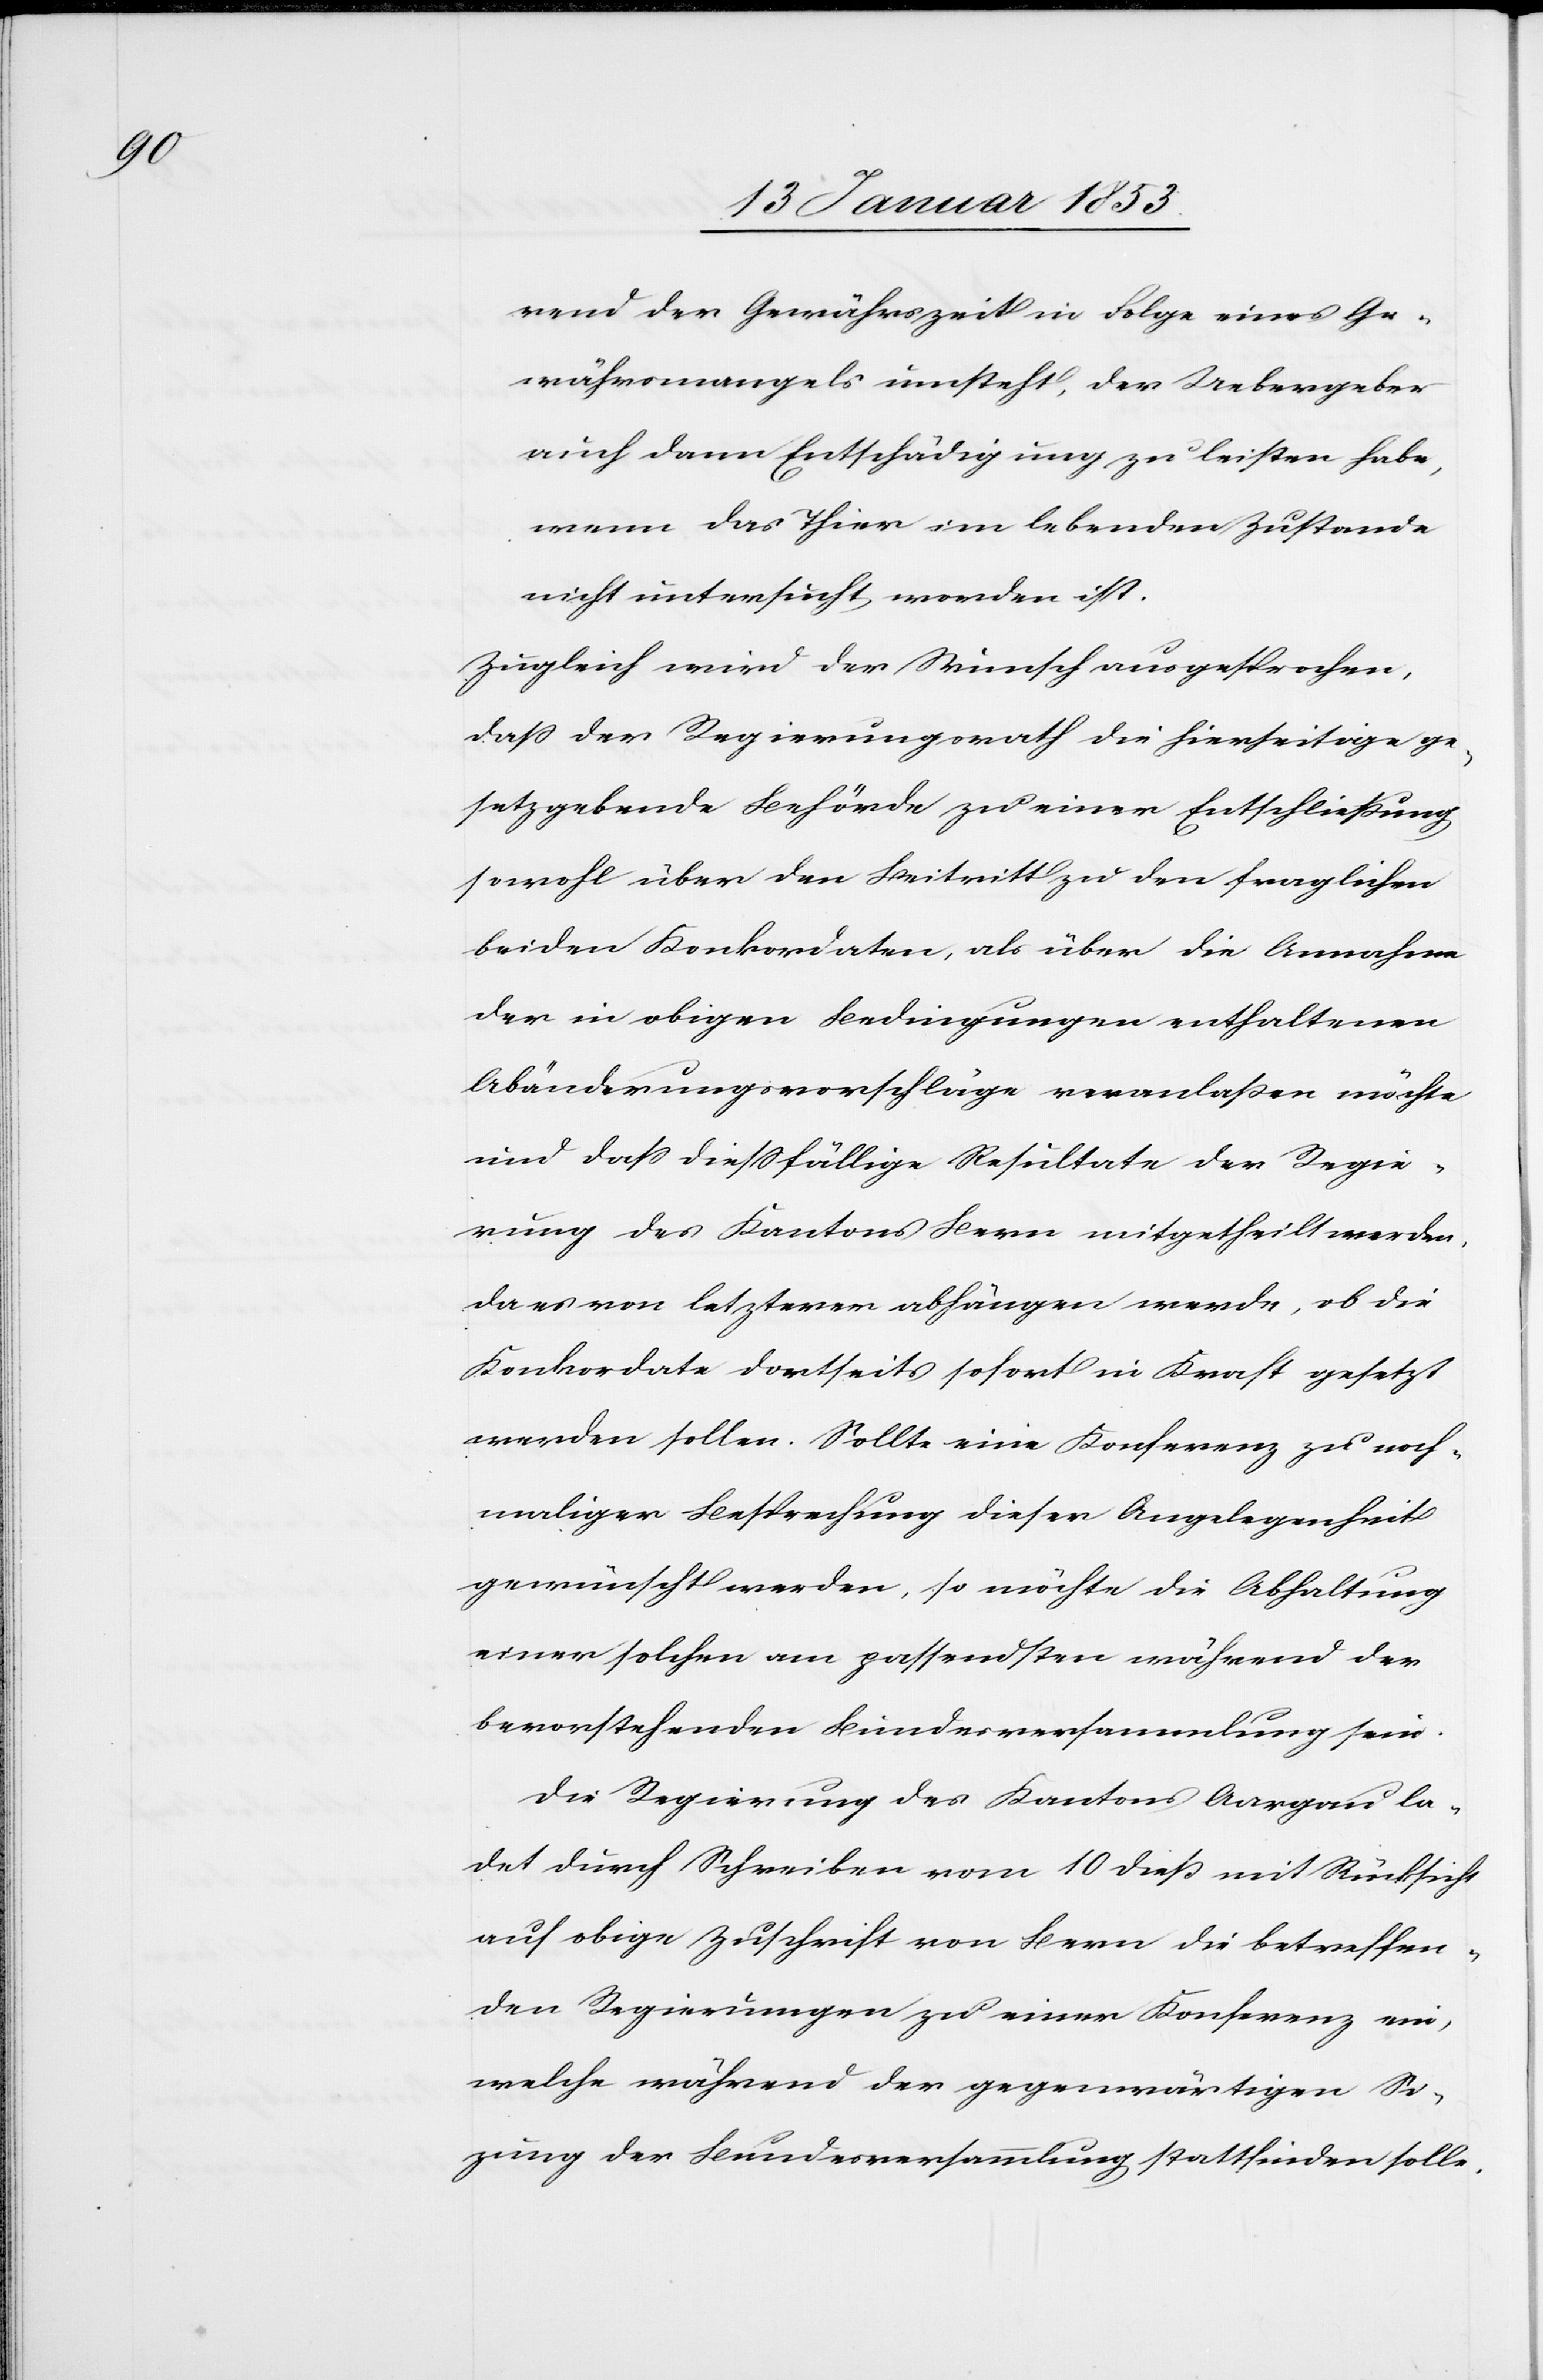
solle.

rend der Gewährszeit in Folge eines Ge¬
währsmangels innsteht [sic!], der Uebergeber
auch dann Entschädigung zu leisten habe,
wenn das Thier im lebenden Zustande
nicht untersucht worden ist.
Zugleich wird der Wunsch ausgesprochen,
daß der Regierungsrath die hierseitige ge¬
setzgebende Behörde zu einer Entschließung
sowohl über den Beitritt zu den fraglichen
der in obigen Bedingungen enthaltenen
Abänderungsvorschläge veranlaßen möchte
und daß dießfällige Resultate der Regie¬
rung des Kantons Bern mitgetheilt werden
da es von letzterer abhängen werde, ob die
Konkordate dortseits sofort in Kraft gesetzt
werden sollen. Sollte eine Konferenz zu noch¬
maliger Besprechung dieser Angelegenheit
gewünscht werden, so möchte die Abhaltung
einer solchen am passendsten während der
bevorstehenden Bundesversammlung sein.
Die Regierung des Kantons Aargau la¬
det durch Schreiben vom 10 dieß mit Rücksicht
auf obige Zuschrift von Bern die betreffen¬
den Regierungen zu einer Konferenz ein,
welche während der gegenwärtigen Si¬